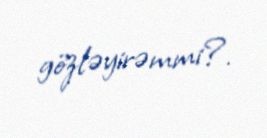
gözləyirəmmi?.